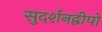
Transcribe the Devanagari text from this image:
सुदर्शनद्वीपो